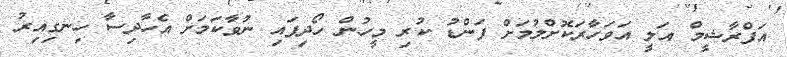
އަފްރާޝީމް އަލީ އަވަހާރަކޮށްލުމަށް ފަންޑު ކުރި މީހުން ހޯދިފައި ނުވާކަމަށް އެހާދިސާ ހިނގިއިރު